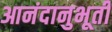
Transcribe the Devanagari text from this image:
आनंदानुभूती